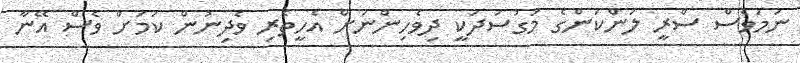
ނަމަވެސް ސްރީ ލަންކަންގެ މަގުސަދަކީ ދިވެހިންނަށް އެހީތެރި ވެދިނުން ކަމަށް ވެސް އޭނާ